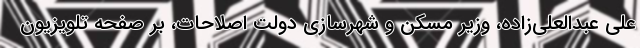
علی عبدالعلی‌زاده، وزير مسكن و شهرسازي دولت اصلاحات، بر صفحه تلويزيون